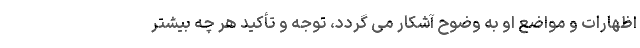
اظهارات و مواضع او به وضوح آشکار می گردد، توجه و تأکیدِ هر چه بیشتر